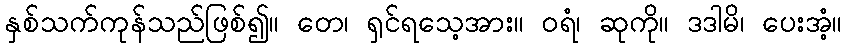
နှစ်သက်ကုန်သည်ဖြစ်၍။ တေ၊ ရှင်ရသေ့အား။ ဝရံ၊ ဆုကို။ ဒဒါမိ၊ ပေးအံ့။